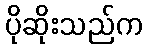
ပိုဆိုးသည်က